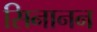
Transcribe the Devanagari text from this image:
सिनानन